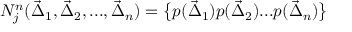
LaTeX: N _ { j } ^ { n } ( \vec { \Delta } _ { 1 } , \vec { \Delta } _ { 2 } , . . . , \vec { \Delta } _ { n } ) = \bigl \{ p ( \vec { \Delta } _ { 1 } ) p ( \vec { \Delta } _ { 2 } ) . . . p ( \vec { \Delta } _ { n } ) \bigr \} \;